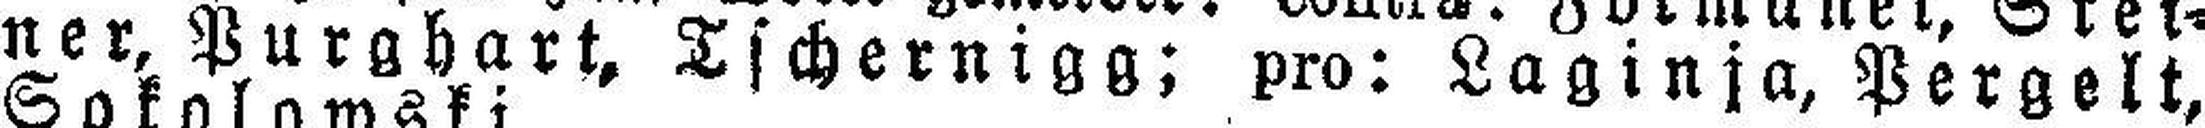
ner, Purghart, Tschernigg; pro: Laginja, Pergelt,